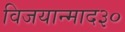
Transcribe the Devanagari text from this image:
विजयान्माद३०